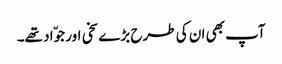
آپ بھی ان کی طرح بڑے سخی اور جوّاد تھے۔